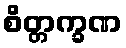
စိတ္တက္ခဏ